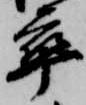
卒